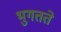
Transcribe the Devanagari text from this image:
भुगतते